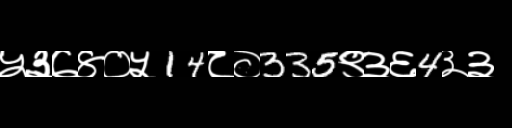
Text: ५३७४०५14८०335९३६4३३